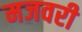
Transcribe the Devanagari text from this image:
मजवरी